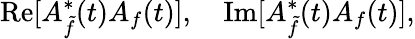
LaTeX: \mathrm{Re}[A_{\tilde{f}}^{\ast}(t)A_{f}(t)],\quad\mathrm{Im}[A_{\tilde{f}}^{\ast}(t)A_{f}(t)],